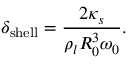
\delta _ { \mathrm { s h e l l } } = \frac { 2 \kappa _ { s } } { \rho _ { l } R _ { 0 } ^ { 3 } \omega _ { 0 } } .